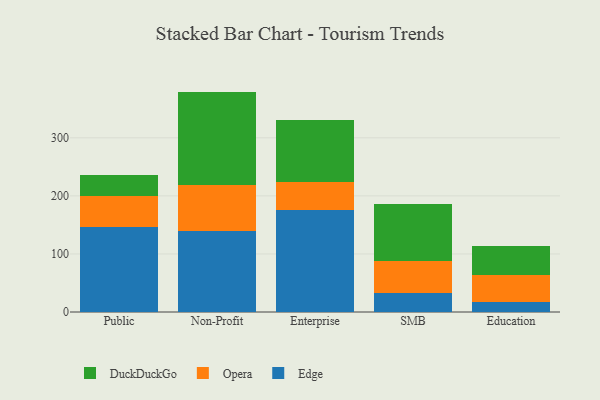
{"axis": {"x": "Segment", "y": "Backlog"}, "legend": ["DuckDuckGo", "Edge", "Opera"], "data": [{"x": "Public", "y": 146.3, "type": "Edge"}, {"x": "Public", "y": 53.2, "type": "Opera"}, {"x": "Public", "y": 37.0, "type": "DuckDuckGo"}, {"x": "Non-Profit", "y": 140.0, "type": "Edge"}, {"x": "Non-Profit", "y": 78.2, "type": "Opera"}, {"x": "Non-Profit", "y": 161.4, "type": "DuckDuckGo"}, {"x": "Enterprise", "y": 176.2, "type": "Edge"}, {"x": "Enterprise", "y": 48.0, "type": "Opera"}, {"x": "Enterprise", "y": 106.5, "type": "DuckDuckGo"}, {"x": "SMB", "y": 32.5, "type": "Edge"}, {"x": "SMB", "y": 55.4, "type": "Opera"}, {"x": "SMB", "y": 98.5, "type": "DuckDuckGo"}, {"x": "Education", "y": 16.9, "type": "Edge"}, {"x": "Education", "y": 46.7, "type": "Opera"}, {"x": "Education", "y": 50.8, "type": "DuckDuckGo"}]}